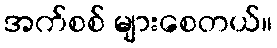
အက်စစ် များစေတယ်။